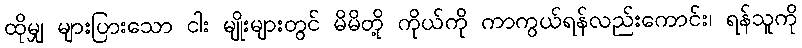
ထိုမျှ များပြားသော ငါး မျိုးများတွင် မိမိတို့ ကိုယ်ကို ကာကွယ်ရန်လည်းကောင်း၊ ရန်သူကို